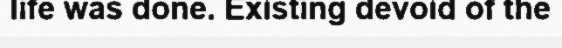
life was done. Existing devoid of the